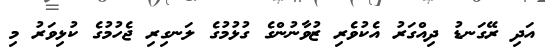
އަދި ރޭގަނޑު ދިއްގަރު އެކުވެރި ޒުވާނުންގެ ގުޅުމުގެ ލަނގިރި ޖެހުމުގެ ކުޅިވަރު މި